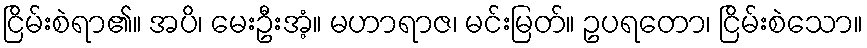
ငြိမ်းစဲရာ၏။ အပိ၊ မေးဦးအံ့။ မဟာရာဇ၊ မင်းမြတ်။ ဥပရတော၊ ငြိမ်းစဲသော။